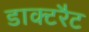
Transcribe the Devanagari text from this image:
डाक्टरैट